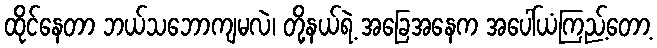
ထိုင်နေတာ ဘယ်သဘောကျမလဲ၊ တို့နယ်ရဲ့ အခြေအနေက အပေါ်ယံကြည့်တော့